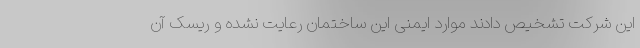
این شرکت تشخیص دادند موارد ایمنی این ساختمان رعایت نشده و ریسک آن